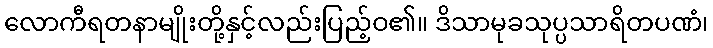
လောကီရတနာမျိုးတို့နှင့်လည်းပြည့်ဝ၏။ ဒိသာမုခသုပ္ပသာရိတပဏံ၊